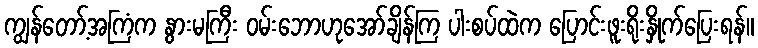
ကျွန်တော့်အကြံက နွားမကြီး ဝမ်းဘောဟုအော်ချိန်ကြ ပါးစပ်ထဲက ပြောင်းဖူးရိုးနှိုက်ပြေးရန်။